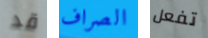
قد الصراف تفعل